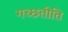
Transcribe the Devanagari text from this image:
गच्छतीति